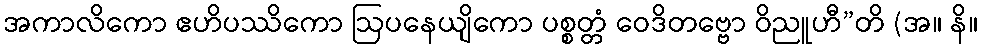
အကာလိကော ဧဟိပဿိကော ဩပနေယျိကော ပစ္စတ္တံ ဝေဒိတဗ္ဗော ဝိညူဟီ”တိ (အ။ နိ။